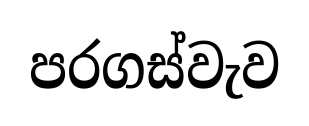
පරගස්වැව